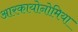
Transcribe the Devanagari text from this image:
आरकायोनोमिया